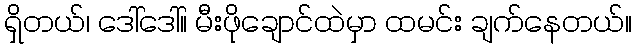
ရှိတယ်၊ ဒေါ်ဒေါ်။ မီးဖိုချောင်ထဲမှာ ထမင်း ချက်နေတယ်။